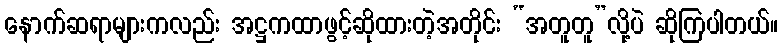
နောက်ဆရာများကလည်း အဋ္ဌကထာဖွင့်ဆိုထားတဲ့အတိုင်း “အတူတူ”လို့ပဲ ဆိုကြပါတယ်။